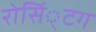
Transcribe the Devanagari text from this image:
रोसिं्टग